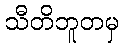
သီတိဘူတမှ